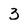
Character: 3